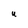
Character: U